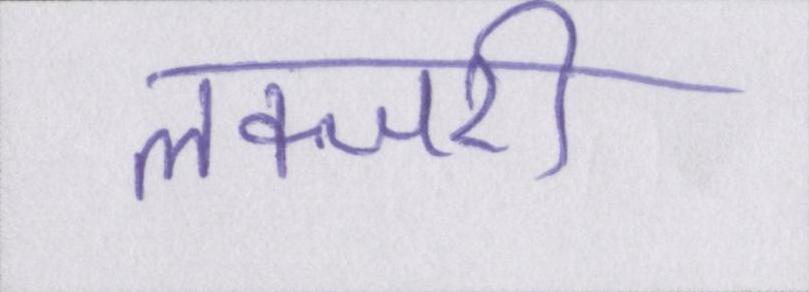
लक्जरी